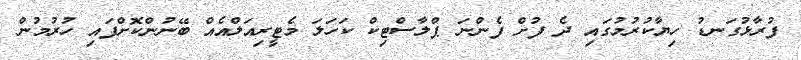
ފުރާޅުގަނޑު ހިޔާކުރުމުގައި ދެ ފުށް ފެންނަ ޕްލާސްޓިކް ކަހަލަ މެޓީރިއަލްއެއް ބޭނުންކޮށްފައި ހުރުމުން